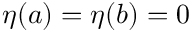
\eta ( a ) = \eta ( b ) = 0